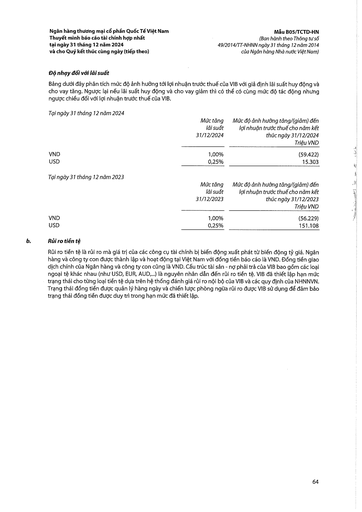
||Mức tăng lãi suất 31/12/2024|Mức độ ảnh hưởng tăng/(giảm) đến lợi nhuận trước thuế cho năm kết thúc ngày 31/12/2024 Triệu VND| |---|---|---| |VND|1,00%|(59.422)| |USD|0,25%|15.303| ||Mức tăng lãi suất 31/12/2023|Mức độ ảnh hưởng tăng/(giảm) đến lợi nhuận trước thuế cho năm kết thúc ngày 31/12/2023 Triệu VND| |---|---|---| |VND|1,00%|(56.229)| |USD|0,25%|151.108|